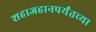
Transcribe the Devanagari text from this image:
शहाजहानपर्यंतच्या